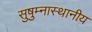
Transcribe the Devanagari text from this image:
सुषुम्नास्थानीय